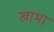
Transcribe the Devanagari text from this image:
खाभा